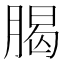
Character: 𦝲